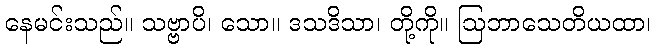
နေမင်းသည်။ သဗ္ဗာပိ၊ သော။ ဒသဒိသာ၊ တို့ကို။ ဩဘာသေတိယထာ၊